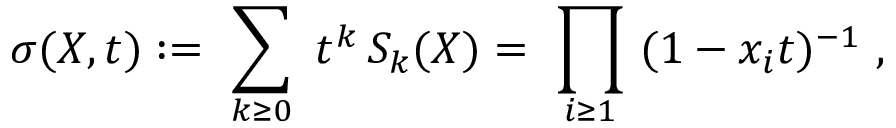
\sigma ( X , t ) : = \ \sum _ { k \geq 0 } \ t ^ { k } \, S _ { k } ( X ) = \ \prod _ { i \geq 1 } \ ( 1 - x _ { i } t ) ^ { - 1 } \ ,